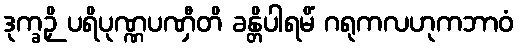
ဒုက္ခဉှိ ပရိပုဏ္ဏပဏှီတိ ခန္တိပါရမိံ ဂရုကလဟုကဘာဝံ